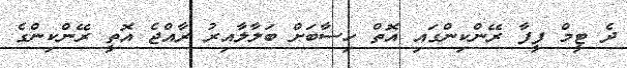
ދެ ޓީމް ފީފާ ރޭންކިންގައި އޮތް ހިސާބަށް ބަލާލާއިރު ރާއްޖެ އޮތީ ރޭންކިންގެ